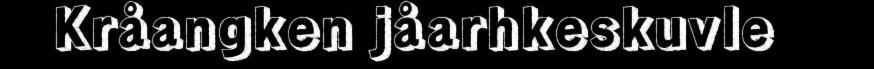
Kråangken jåarhkeskuvle